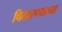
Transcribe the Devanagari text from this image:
चितारण्याच्या